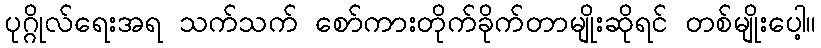
ပုဂ္ဂိုလ်ရေးအရ သက်သက် စော်ကားတိုက်ခိုက်တာမျိုးဆိုရင် တစ်မျိုးပေါ့။